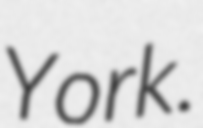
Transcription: York.